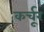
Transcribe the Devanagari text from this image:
कर्चूर